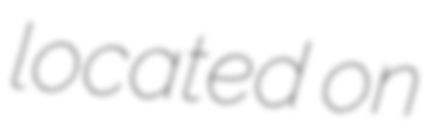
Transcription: located on